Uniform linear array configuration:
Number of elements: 24
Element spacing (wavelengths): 0.75
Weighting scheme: uniform
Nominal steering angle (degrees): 0
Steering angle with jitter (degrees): -0.4545
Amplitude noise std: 0.05
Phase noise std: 0.05

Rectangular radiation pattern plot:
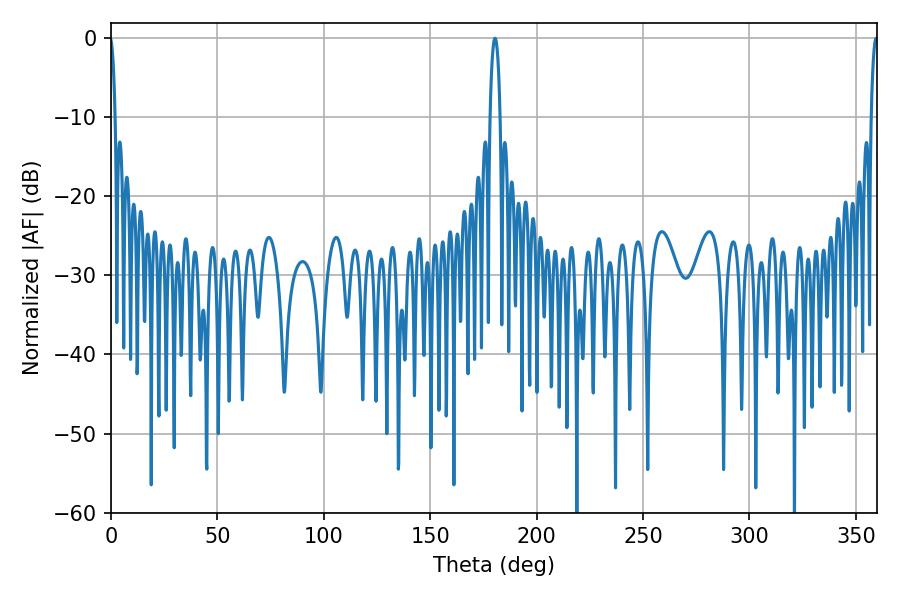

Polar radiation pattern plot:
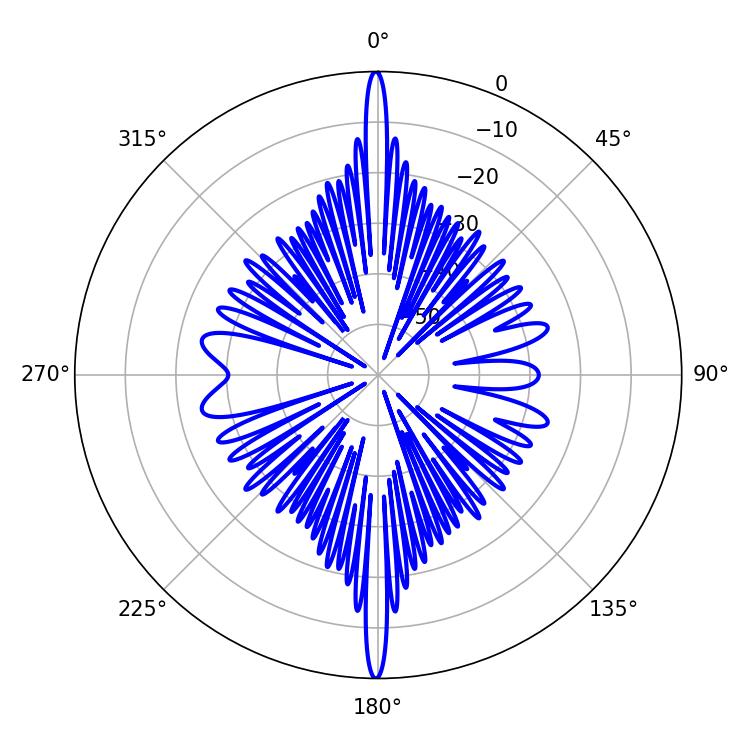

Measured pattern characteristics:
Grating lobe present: TRUE
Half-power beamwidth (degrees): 2.7
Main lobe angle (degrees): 180.36